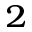
^ { 2 }